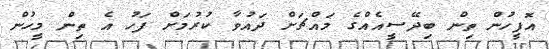
އޮފީހުން ތިން ބިދޭސީއެއްގެ މައްްޗަށް ދައުވާ ކުރުމަށް ފަހު އެ ތިން މީހުން